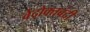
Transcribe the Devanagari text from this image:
वेदोक्तबंदी